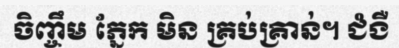
ចិញ្ចឹម ភ្នែក មិន គ្រប់គ្រាន់។ ជំងឺ